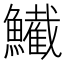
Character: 𫚂